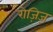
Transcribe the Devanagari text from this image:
रोज़िज़